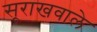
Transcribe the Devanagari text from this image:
सूराखवाले